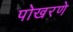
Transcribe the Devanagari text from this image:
पोखरणे